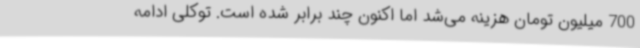
700 میلیون تومان هزینه می‌شد اما اکنون چند برابر شده است. توکلی ادامه